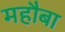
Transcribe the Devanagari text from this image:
महौबा